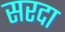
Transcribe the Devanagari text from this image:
सरदा